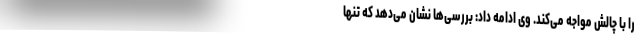
را با چالش مواجه می‌کند. وی ادامه داد: بررسی‌ها نشان می‌دهد که تنها